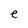
Character: e